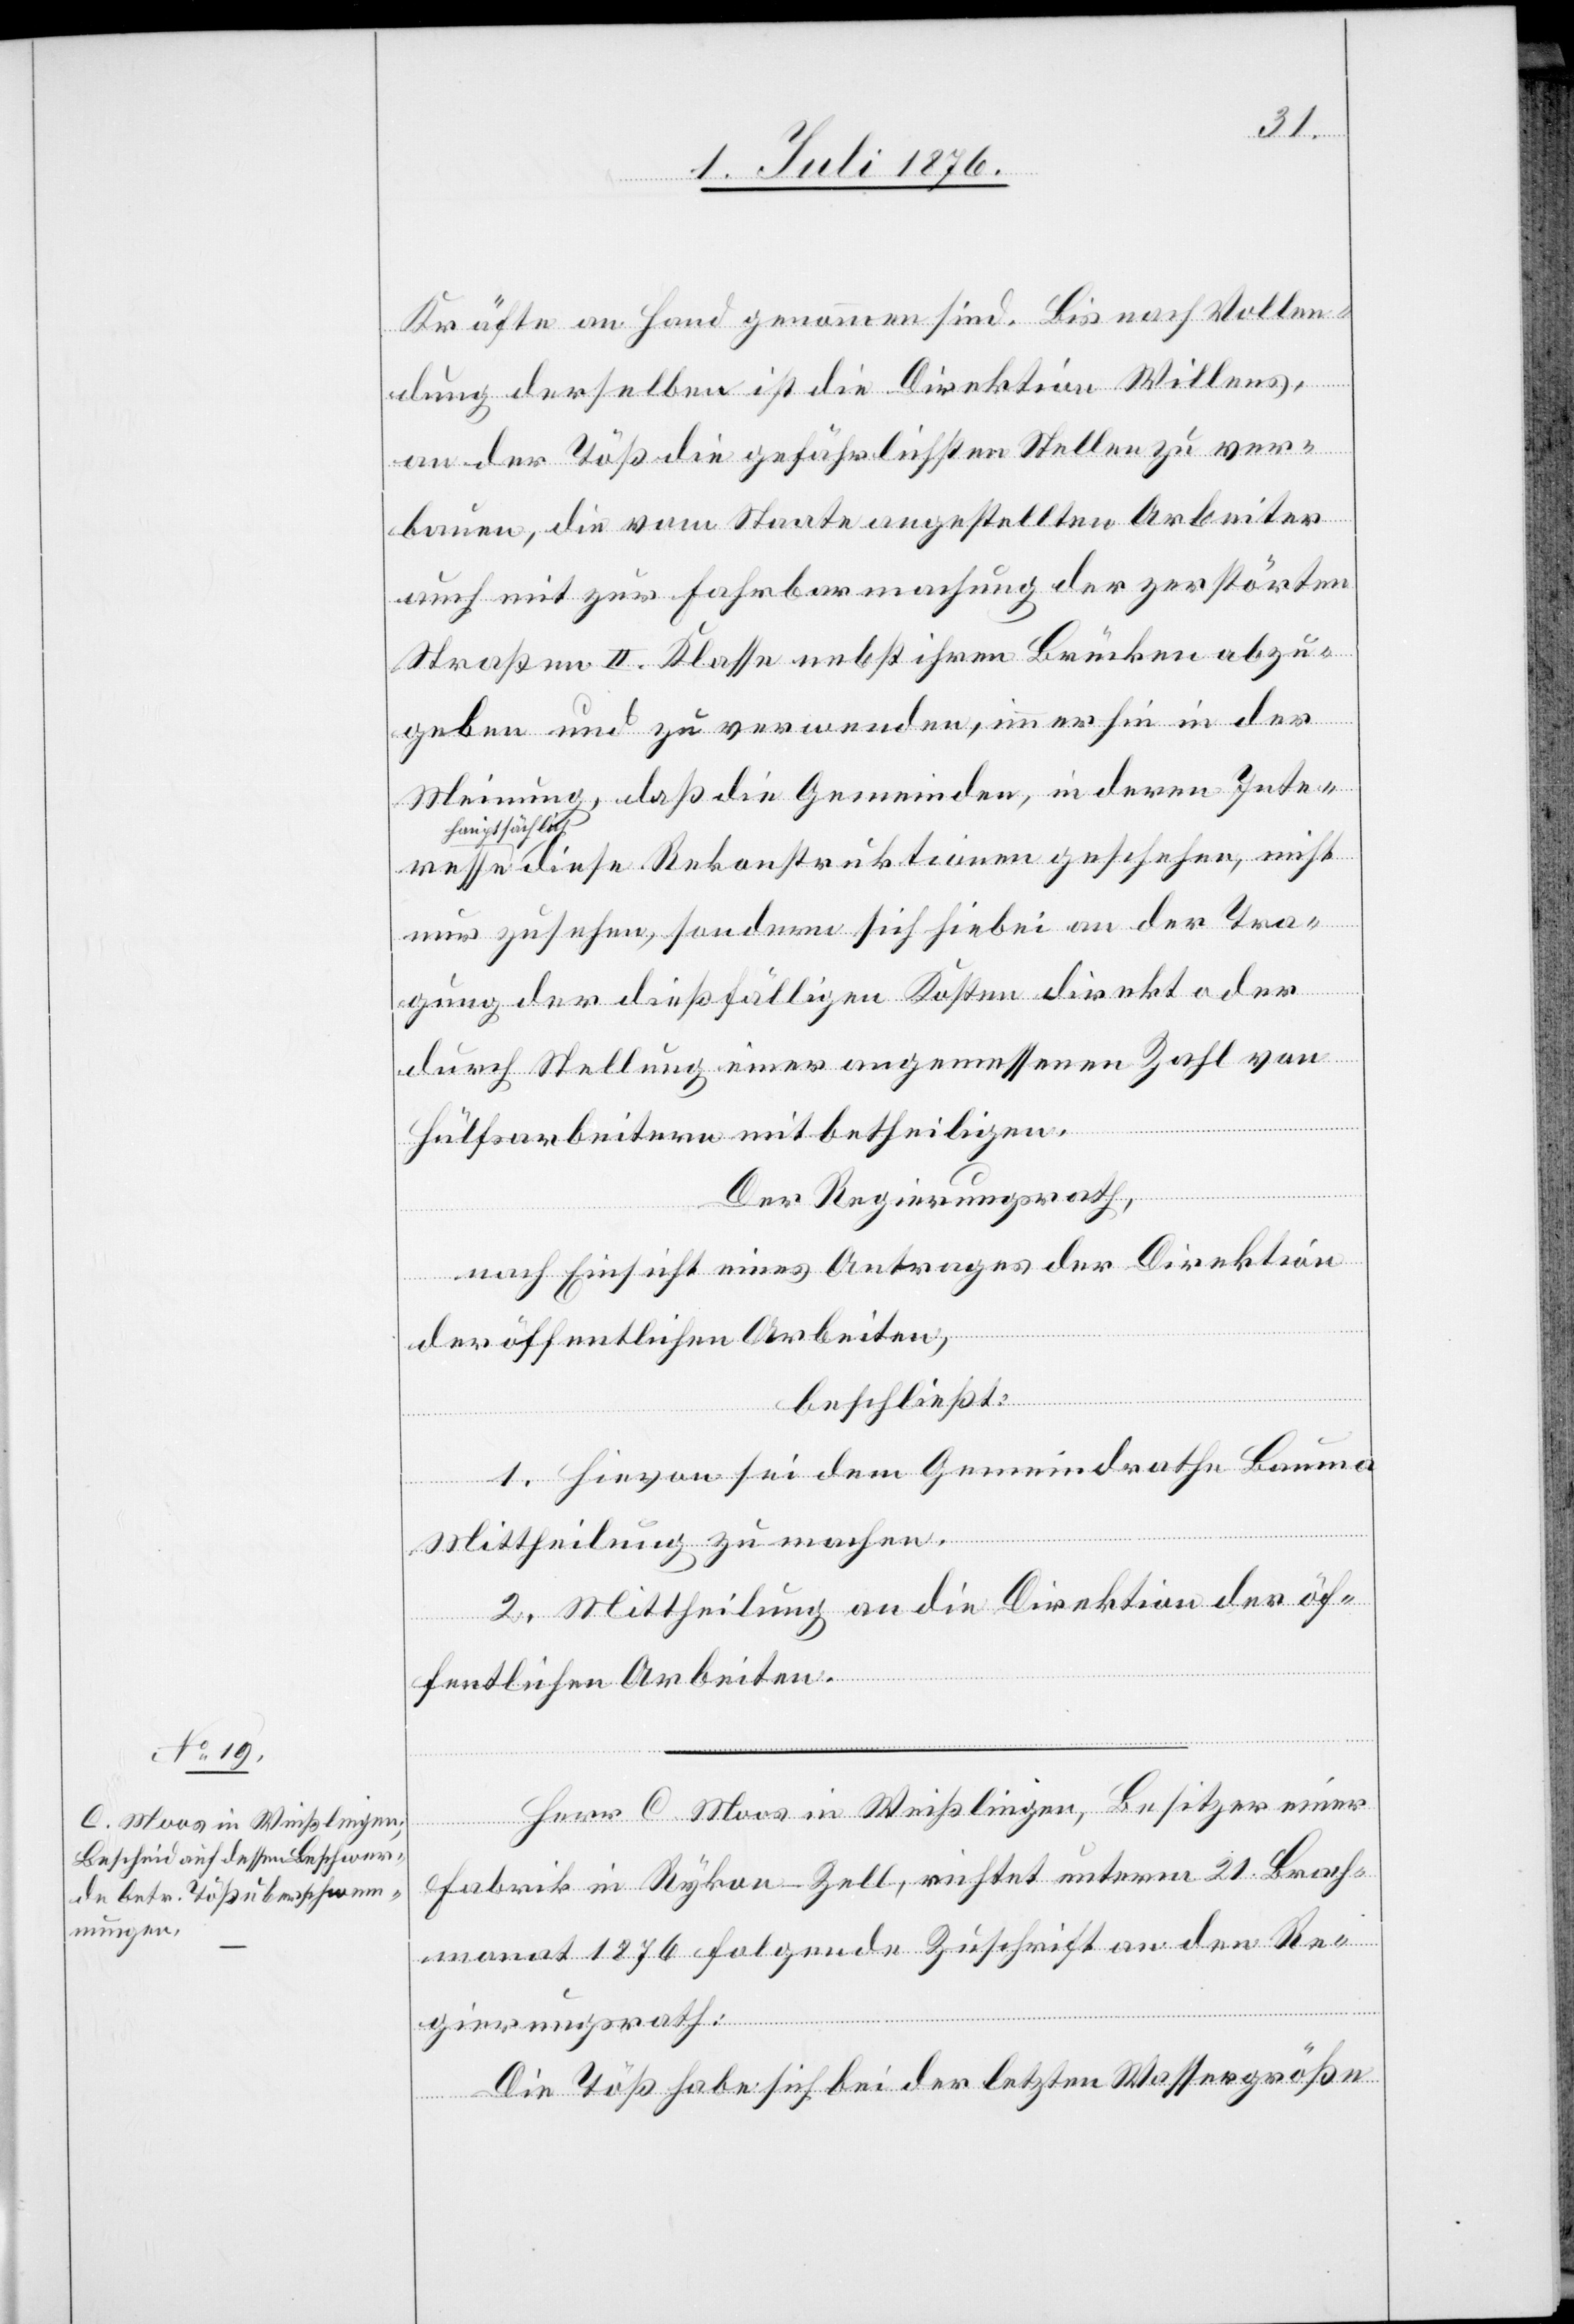
Kräfte an Hand genommen sind. Bis nach Vollen¬
dung derselben ist die Direktion Willens,
an der Töß die gefährlichsten Stellen zu ver¬
bauen, die vom Staate angestellten Arbeiter
auch mit zur Fahrbarmachung der zerstörten
Straßen II. Klasse nebst ihren Brücken abzu¬
geben und zu verwenden, immerhin in der
Meinung, daß die Gemeinden, in deren Inter¬
hauptsächlic¬
h-a diese Rekonstruktionen geschehen, nicht
nur zusehen, sondern sich hiebei an der Tra¬
gung der dießfälligen Kosten direkt oder
durch Stellung einer angemessenen Zahl von
esse
Hülfsarbeitern mitbetheiligen.
Der Regierungsrath,
nach Einsicht eines Antrages der Direktion
der öffentlichen Arbeiten,
beschließt:
1. Hievon sei dem Gemeindrathe Bauma
Mittheilung zu machen.
2. Mittheilung an die Direktion der öf¬
fentlichen Arbeiten.
Herr C. Moos in Weißlingen, Besitzer einer
Fabrik in Rykon - Zell, richtet unterm 21. Brach¬
monat 1876 folgende Zuschrift an den Re¬
gierungsrath:
Die Töß habe sich bei der letzten Wassergröße